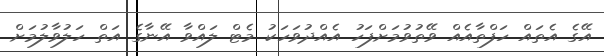
އޭގެ އެތައް ހަފްތާއެއް ވޭތުވުމަށްފަހު އެއްދުވަހަކު މެޓް ލައްވާ އޭނާގެ އަތް ހަލުވާލުމަށް